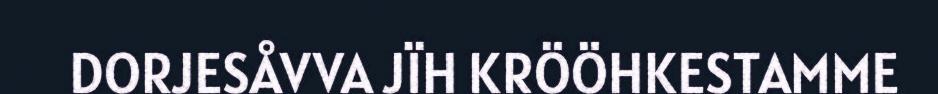
DORJESÅVVA JÏH KRÖÖHKESTAMME